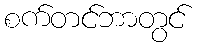
စက်တင်ဘာတွင်